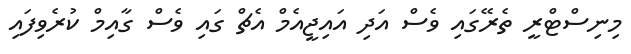
މިނިސްޓްރީ ތެރޭގައި ވެސް އަދި އައިޖީއެމް އެޗް ގައި ވެސް ގާއިމް ކުރެވިފައި